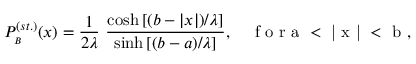
P _ { _ B } ^ { ( s t . ) } ( x ) = \frac { 1 } { 2 \lambda } \ \frac { \cosh { [ ( b - | x | ) / { \lambda } ] } } { \sinh { [ ( b - a ) / { \lambda } ] } } , \quad \mathrm { ~ f ~ o ~ r ~ a ~ < ~ | ~ x ~ | ~ < ~ b ~ } ,